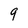
Character: 9